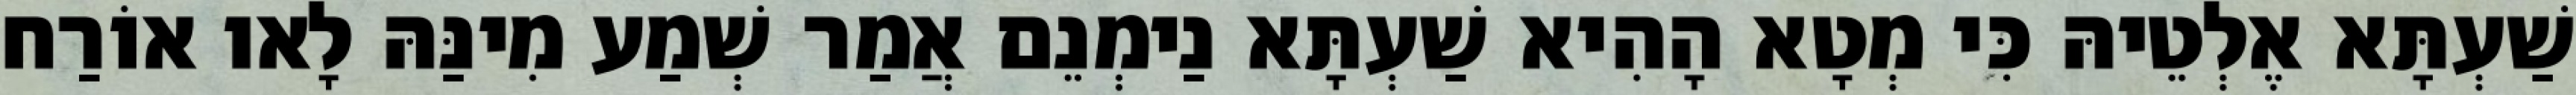
שַׁעְתָּא אֶלְטֵיהּ כִּי מְטָא הָהִיא שַׁעְתָּא נַימְנֵם אֲמַר שְׁמַע מִינַּהּ לָאו אוֹרַח